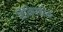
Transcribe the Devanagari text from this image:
विनिपातितः